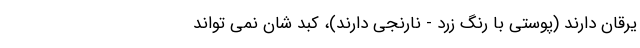
یرقان دارند (پوستی با رنگ زرد - نارنجی دارند)، کبد شان نمی تواند